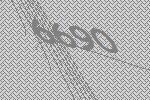
6690